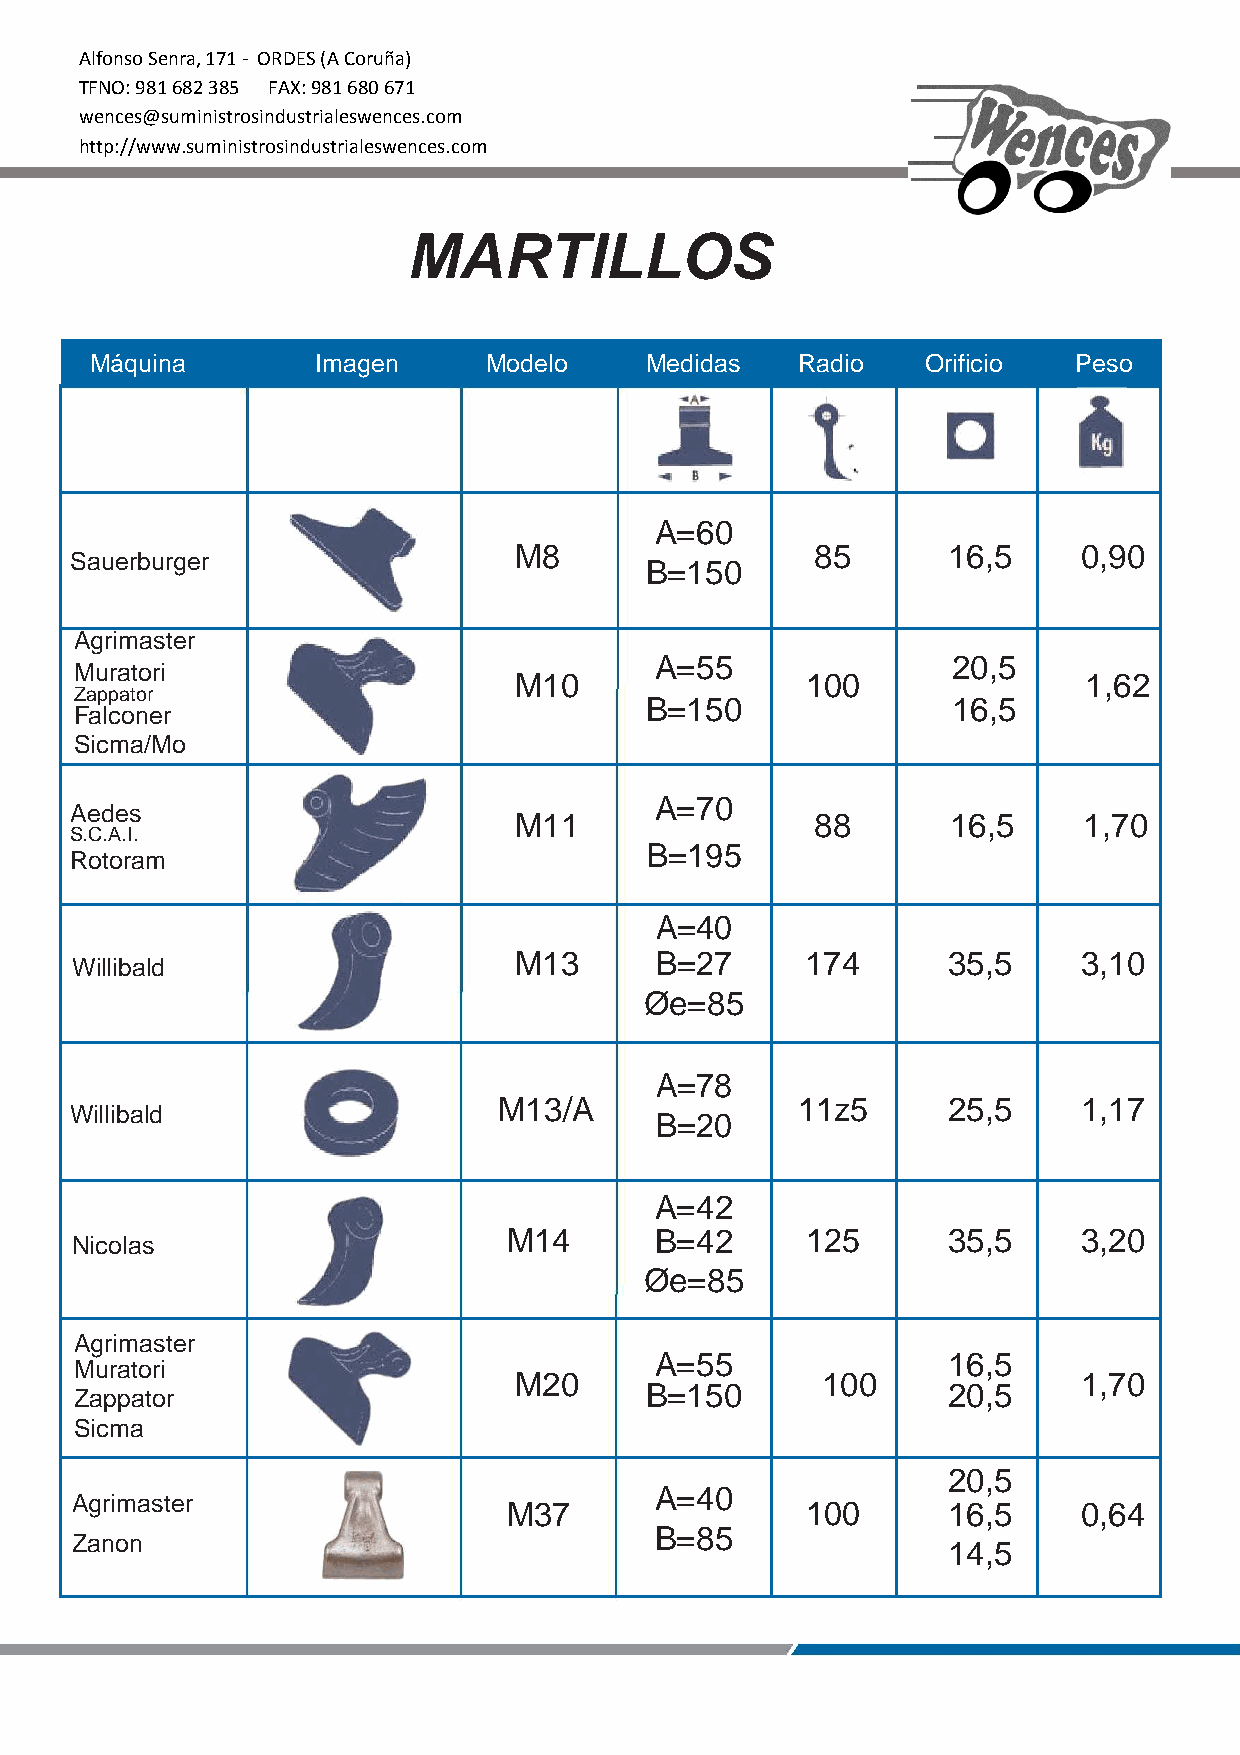
Alfonso Senra, 171 - ORDES (A Coruña)
 TFNO: 981 682 385 FAX: 981 680 671
 wences@suministrosindustrialeswences.com
 http://www.suministrosindustrialeswences.com
 MARTILLOS
 Máquina        Imagen     Modelo     Medidas   Radio   Orificio  Peso
 A=60
 M8                  85       16,5     0,90
 Sauerburger
 B=150
 Agrimaster
 A=55                20,5
 Muratori
 M10                100                1,62
 Zappator
 B=150               16,5
 Falconer
 Sicma/Mo
 A=70
 Aedes
 M11                 88       16,5     1,70
 S.C.A.I.
 Rotoram
 B=195
 A=40
 M13      B=27      174       35,5     3,10
 Willibald
 Øe=85
 A=78
 M13/A               11z5      25,5     1,17
 Willibald
 B=20
 A=42
 Nicolas
 M14      B=42      125       35,5     3,20
 Øe=85
 Agrimaster
 A=55                16,5
 Muratori
 M20                 100               1,70
 B=150               20,5
 Zappator
 Sicma
 20,5
 A=40
 Agrimaster
 M37                100       16,5     0,64
 B=85
 Zanon
 14,5